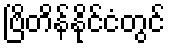
ဗြိတိန်နိုင်ငံတွင်